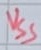
Text: VSS